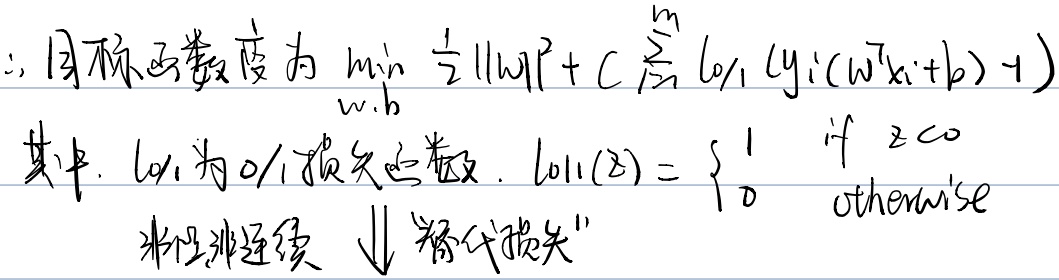
\(\therefore\)目标函数变为\(\min_{w,b} \frac{1}{2}\|w\|^{2}+C\sum_{i = 1}^{m} l_{0/1}(y_{i}(w^{T}x_{i}+b)-1)\)
其中，\(l_{0/1}\)为\(0/1\)损失函数，\(l_{0/1}(z)= \begin{cases}1 & \text{if } z \leq 0\\0 & \text{otherwise}\end{cases}\)
  类似非连续 \(\Downarrow\) “替代损失"